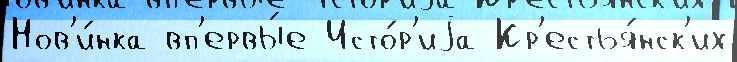
Нов'и́нка вп'ервы́е Исто́р'иjа Кр'естья́нск'их